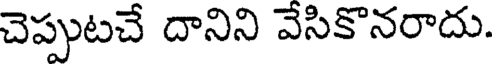
చెప్పుటచే దానిని వేసికొనరాదు.